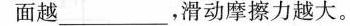
面越___，滑动摩擦力越大。